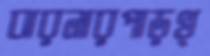
ঝরনারপাড়খ্